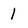
Character: 1